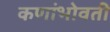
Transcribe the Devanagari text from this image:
कणांभोवती